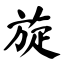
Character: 旋